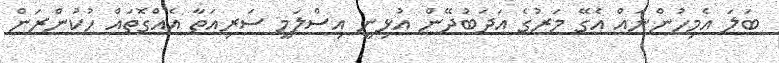
ބަލަ އެމިހުންނައް އެގޭ މަރުގެ އަދަބުދޭން އުޅިނީ އިސްލަމީ ސަރިއަތާ އެއްގޮތައް ހުކުންރަން